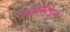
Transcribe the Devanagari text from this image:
इंडरकाँटिनेंटल